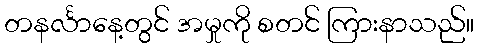
တနင်္လာနေ့တွင် အမှုကို စတင် ကြားနာသည်။